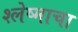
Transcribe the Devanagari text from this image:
श्लेष्माचा